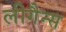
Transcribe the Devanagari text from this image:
लीगैन्स